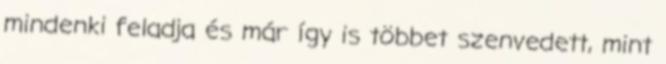
mindenki feladja és már így is többet szenvedett, mint